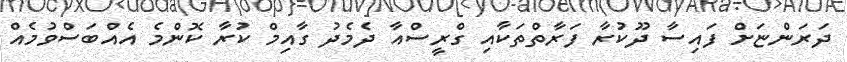
ދަރަންޏަށް ފައިސާ ދޫކުރާ ފަރާތްތަކާއި ގްރީސްއާ ދެމެދު ގާއިމް ކުރާ ކޮންމެ އެއްބަސްވުމެއް